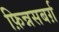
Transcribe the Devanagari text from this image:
फ़िन्नसबर्ग़